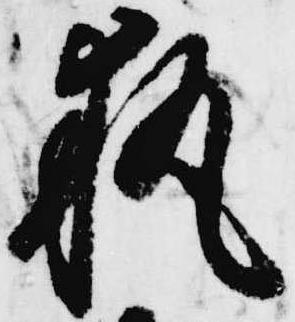
執